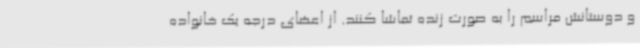
و دوستانش مراسم را به صورت زنده تماشا کنند. از اعضای درجه یک خانواده